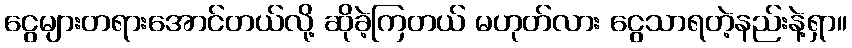
ငွေများတရားအောင်တယ်လို့ ဆိုခဲ့ကြတယ် မဟုတ်လား ငွေသာရတဲ့နည်းနဲ့ရှာ။